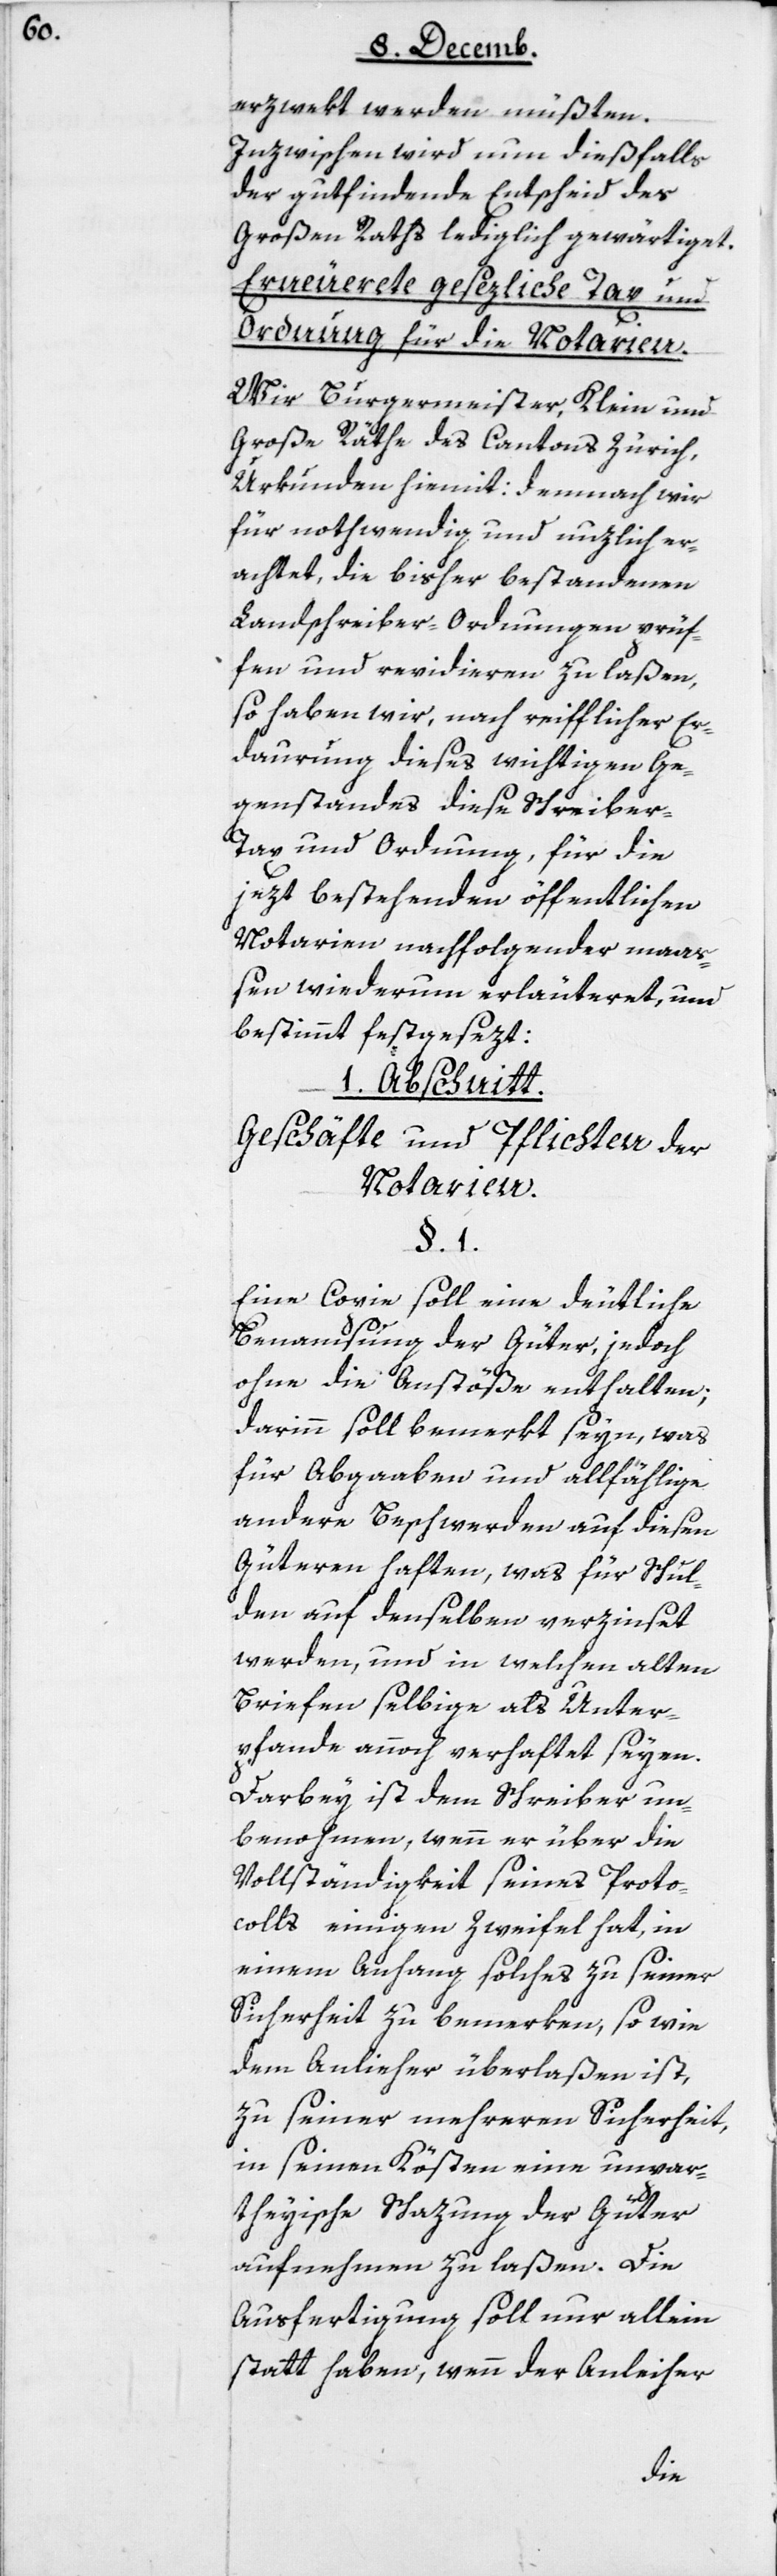
erzwekt werden müßten.
Inzwischen wird nun dießfalls
der gutfindende Entscheid des
Großen Rathes lediglich gewärtiget.
Erneuerete gesezliche Tax und
Ordnung für die Notarien.
Wir Burgermeister, Klein und
Große Räth des Cantons Zürich,
Urkunden hiemit: demnach wir
für nothwendig und nuzlich er¬
achtet, die bisher bestandenen
Landschreiber-Ordnungen prüf¬
fen und revidieren zu laßen,
so haben wir, nach reifflicher Er¬
daurung dieses wichtigen Ge¬
genstandes diese Schreibe¬
r-Tax und Ordnung, für die
jezt bestehenden öffentlichen
Notarien nachfolgender maas¬
sen wiederum erläutert, und
bestimmt festgesezt:
1. Abschnitt.
Geschäfte und Pflichten der
Notarien.
§ 1.
Eine Copie soll eine deutliche
Benamsung der Güter, jedoch
ohne die Anstöße enthalten;
darinn soll bemerkt seyn, was
für Abgaaben und allfählige
andere Beschwerden auf diesen
Güteren haften, was für Schul¬
den auf denselben verzinset
werden, und in welchen alten
Briefen selbige als Unter¬
pfande annoch verhaftet seyen.
Darbey ist dem Schreiber un¬
benohmen, wenn er über die
Vollständigkeit seines Proto¬
colls einigen Zweifel hat, in
einem Anhang solches zu seiner
Sicherheit zu bemerken, so wie
zu seiner mehreren Sicherheit
in seinen Kösten eine unpar¬
theyische Schazung der Güter
aufnehmen zu laßen. Die
Ausfertigung soll nur allein
statt haben, wenn der Anleiher